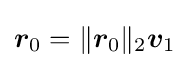
{\boldsymbol {r}}_{0}=\lVert {\boldsymbol {r}}_{0}\rVert _{2}{\boldsymbol {v}}_{1}